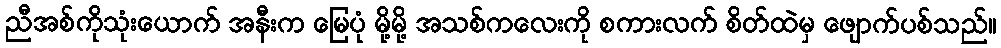
ညီအစ်ကိုသုံးယောက် အနီးက မြေပုံ မို့မို့ အသစ်ကလေးကို စကားလက် စိတ်ထဲမှ ဖျောက်ပစ်သည်။